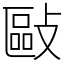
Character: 敺